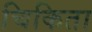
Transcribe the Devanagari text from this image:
चिकिता